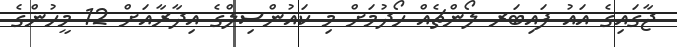
ޖާގައިގެ އައު ފައިބަރ ލޯންޗެއް ހޯދުމަށް މި ކައުންސިލްގެ އިދާރާއަށް 12 މީހުންގެ